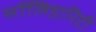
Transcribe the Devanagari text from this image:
सॉलिडारिटी